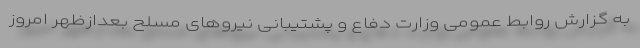
به گزارش روابط عمومی وزارت دفاع و پشتیبانی نیروهای مسلح بعدازظهر امروز